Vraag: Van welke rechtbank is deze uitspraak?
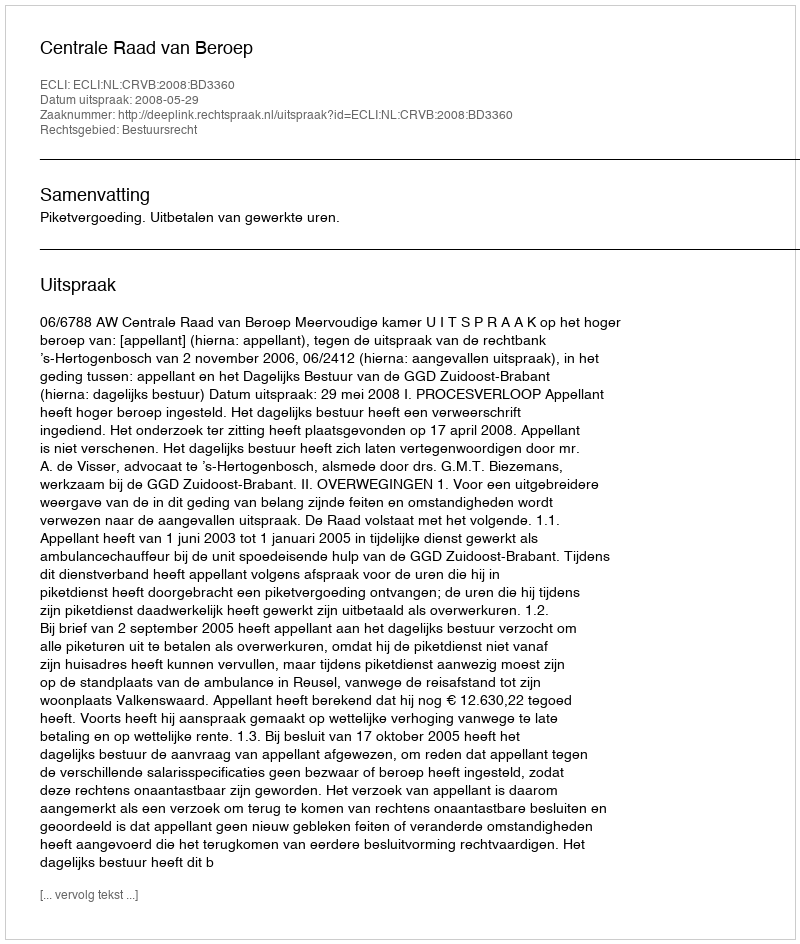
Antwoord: Centrale Raad van Beroep